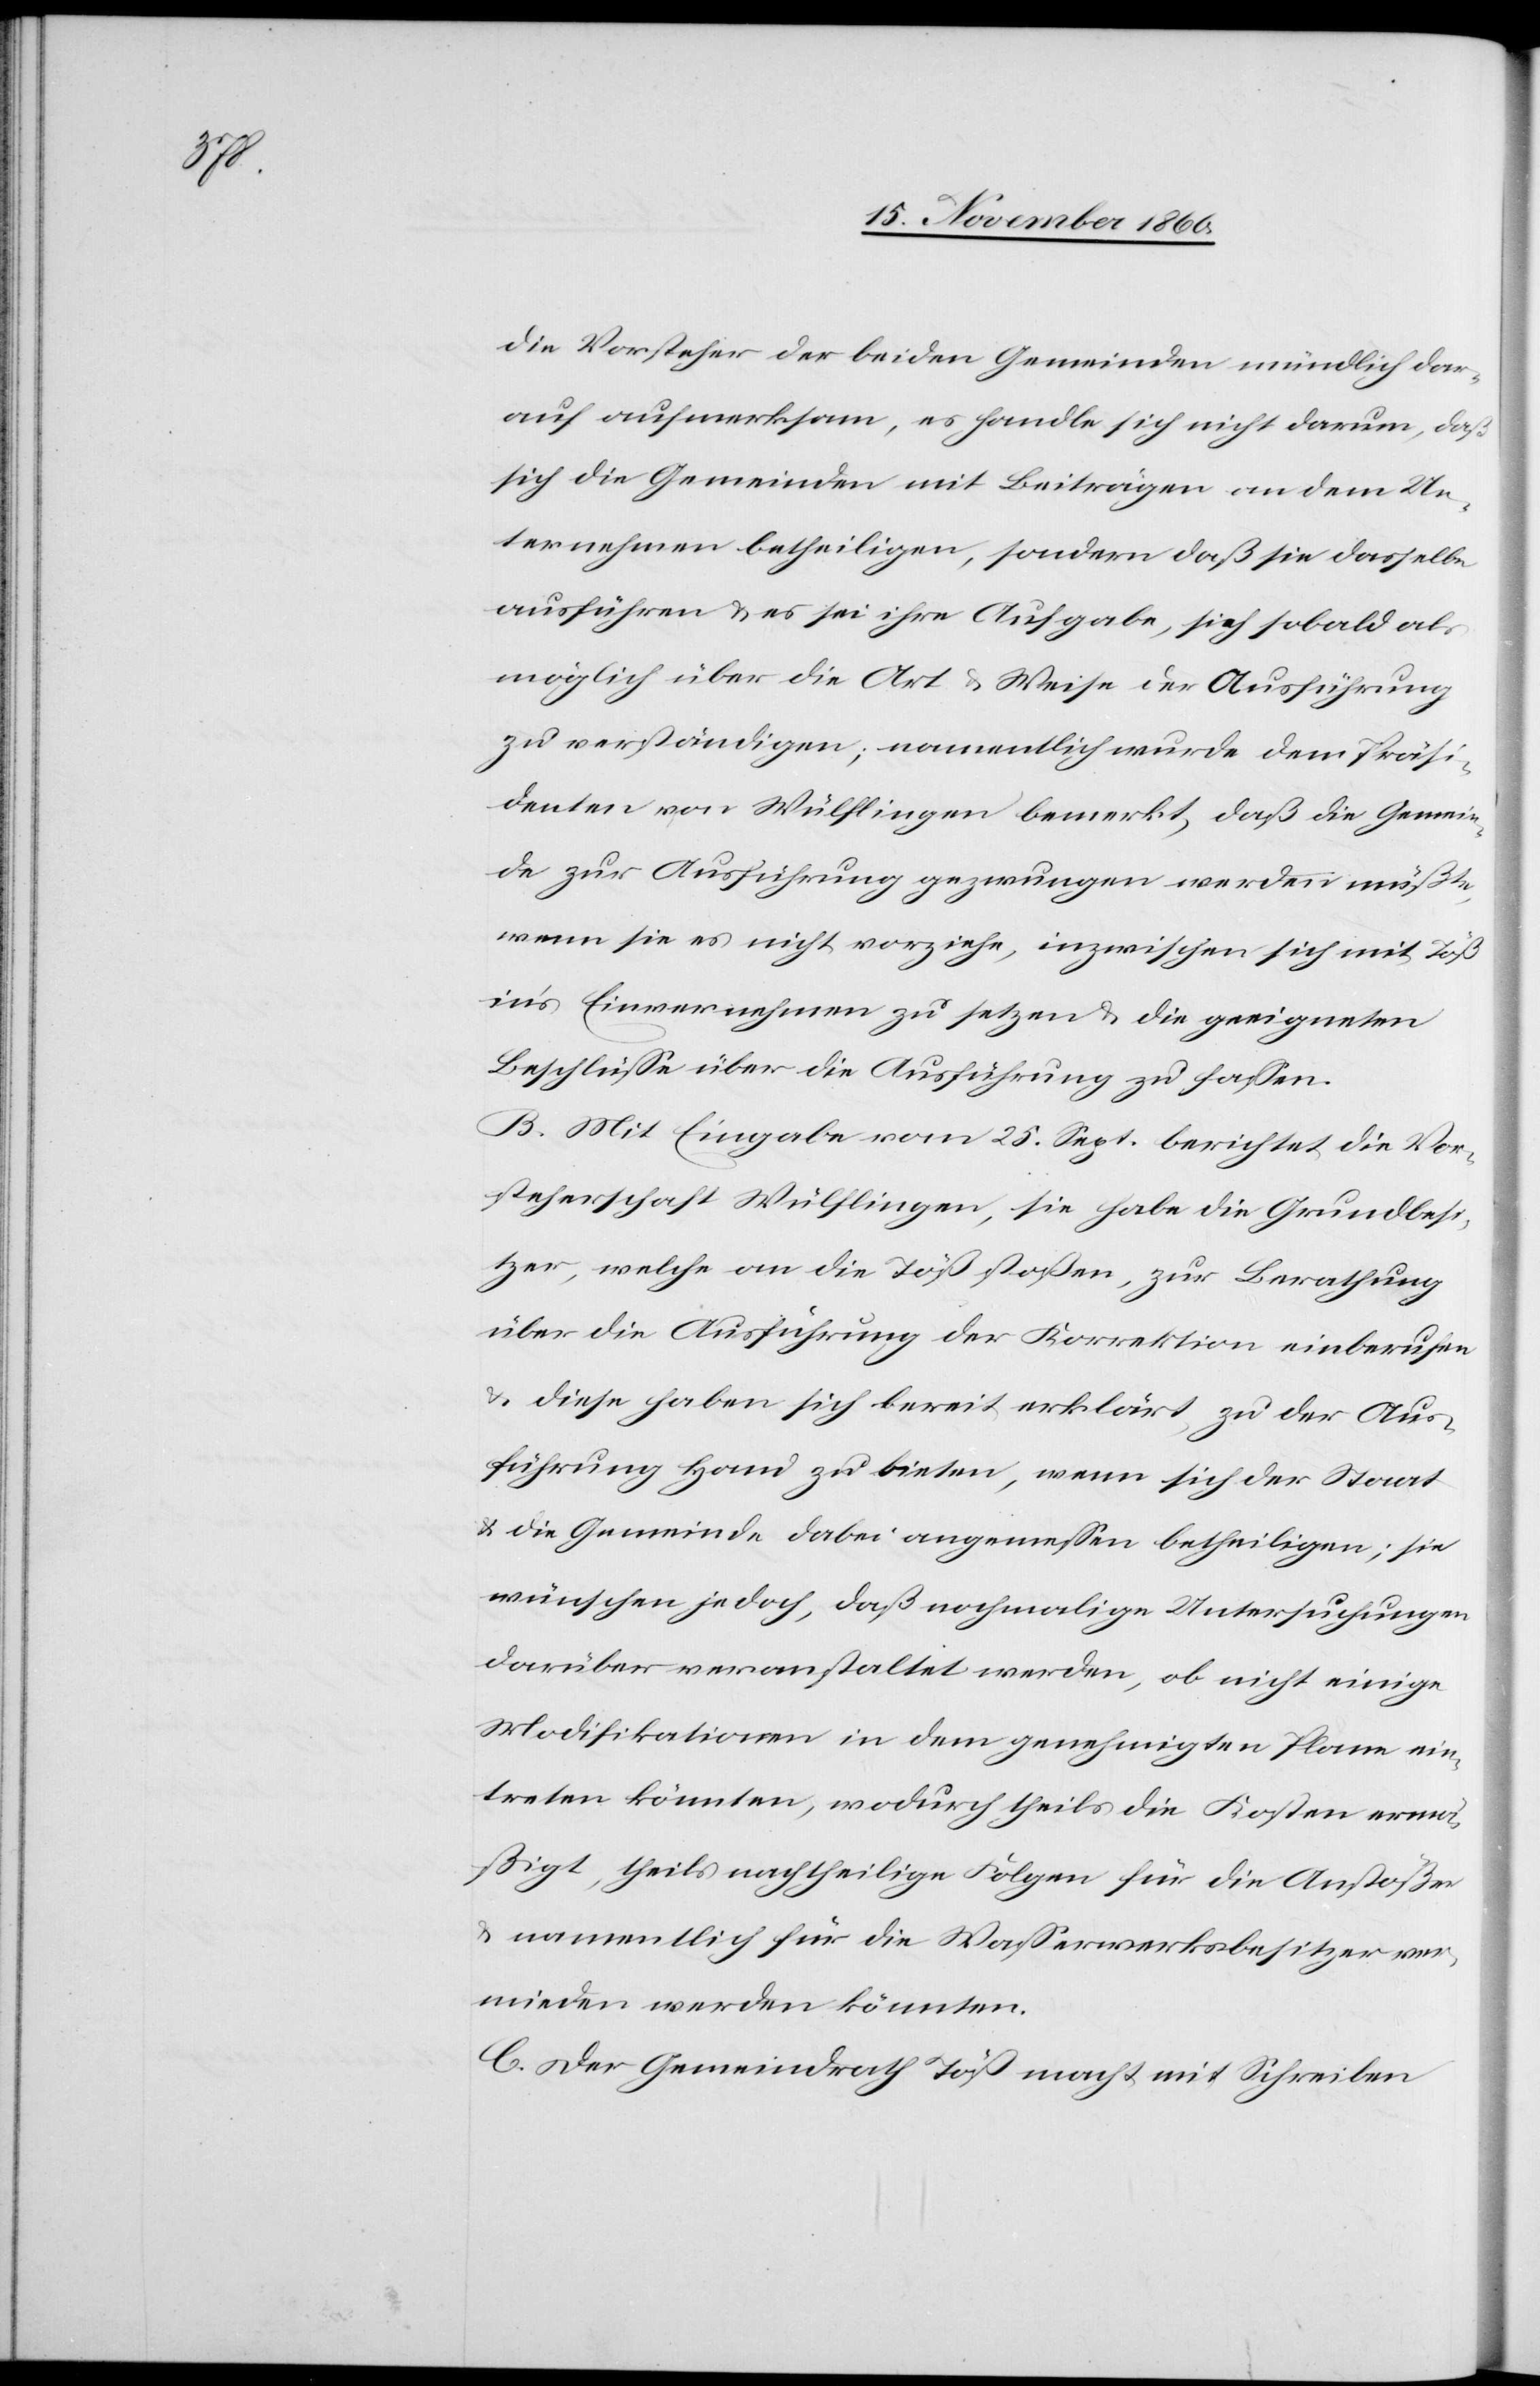
die Vorsteherschaft der beiden Gemeinden mündlich dar¬
auf aufmerksam, es handle sich nicht darum, daß
sich die Gemeinden mit Beiträgen an dem Un¬
ternehmen betheiligen, sondern daß sie dasselbe
ausführen u. es sei ihre Aufgabe, sich sobald als
möglich über die Art u. Weise der Ausführung
zu verständigen; namentlich wurde dem Präsi¬
denten von Wülflingen bemerkt, daß die Gemein¬
de zur Ausführung gezwungen werden müßte,
wenn sie es nicht vorziehe, inzwischen sich mit Töß
in’s Einvernehmen zu setzen u. die geeigneten
Beschlüsse über die Ausführung zu fassen.
B. Mit Eingabe vom 25. Sept. berichtet die Vor¬
steherschaft Wülflingen, sie habe die Grundbesi¬
tzer, welche an die Töß stoßen, zur Berathung
über die Ausführung der Korrektion einberufen
u. diese haben sich bereit erklärt, zu der Aus¬
führung Hand zu bieten, wenn sich der Staat
u. die Gemeinde dabei angemessen betheiligen; sie
wünschen jedoch, daß nochmalige Untersuchungen
darüber veranstaltet werden, ob nicht einige
Modifikationen in dem genehmigten Plane ein¬
treten könnten, wodurch theils die Kosten ermä¬
ßigt, theils nachtheilige Folgen für die Anstößer
u. namentlich für die Wasserwerksbesitzer ver¬
mieden werden könnten.
C. Der Gemeindrath Töß macht mit Schreiben